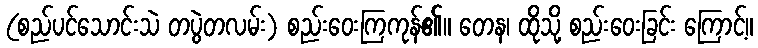
(စည်ပင်သောင်းသဲ တပွဲတလမ်း) စည်းဝေးကြကုန်၏။ တေန၊ ထိုသို့ စည်းဝေးခြင်း ကြောင့်။